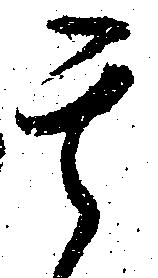
其